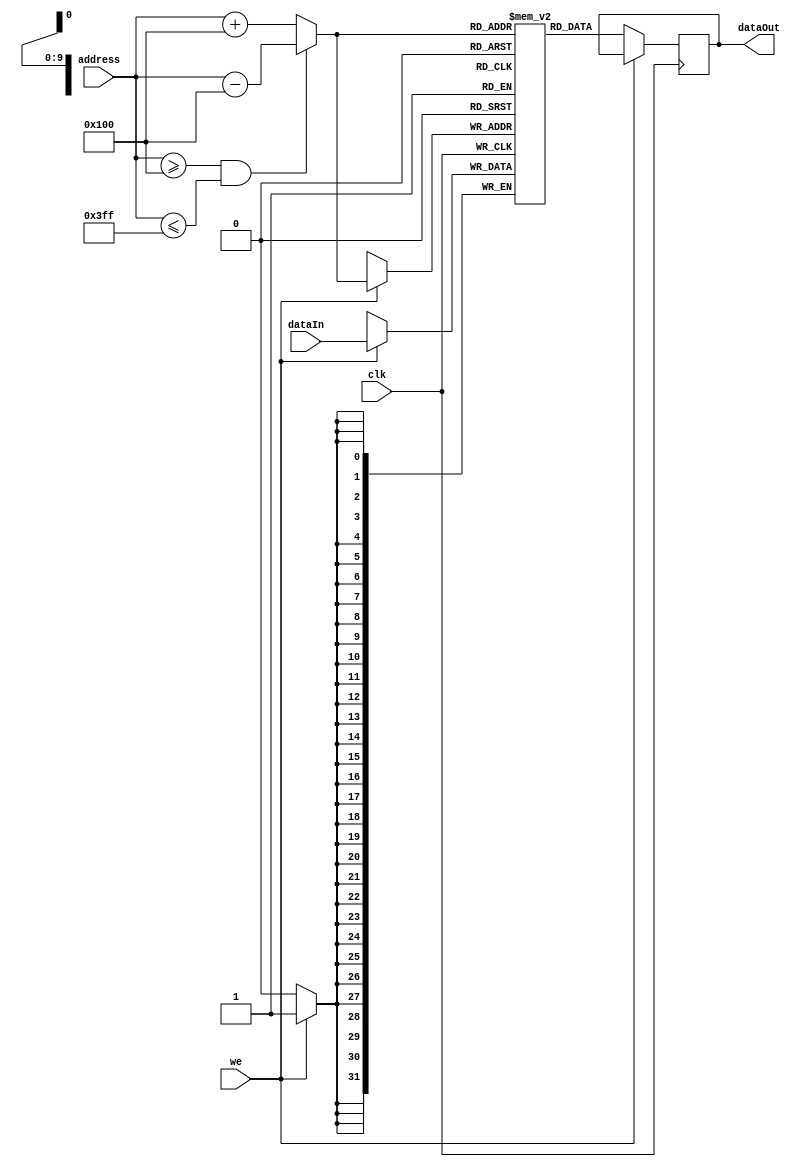
module DataMemory 
#(	parameter data_WIDTH = 32,	parameter ADDR_WIDTH = 10)

(
	input [ADDR_WIDTH-1:0] address,
	input [data_WIDTH-1:0] dataIn,
	input we,
	input clk,
	output reg [data_WIDTH-1:0] dataOut
);


reg [data_WIDTH-1:0] mem [0:(1<<ADDR_WIDTH)-1]; // 1024 words de 4bytes
reg [31:0] address_correto;

initial 
begin
	mem[0] = 2001;
	mem[1] = 4001;
	mem[2] = 5001;
	mem[3] = 3001;
end

always @ (posedge clk) 
begin
	if(we)
		mem[address_correto] <= dataIn;  //Escrever
	else
		dataOut <= mem[address_correto]; //Ler
end

always @ (*)
begin
	if(address >= 10'h100 && address <= 10'h3FF) 
		address_correto <= address - 10'h100;
	else
		address_correto <= address + 10'h100;
end 

endmodule